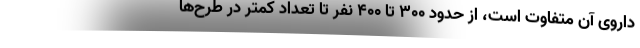
داروی آن متفاوت است، از حدود ۳۰۰ تا ۴۰۰ نفر تا تعداد کمتر در طرح‌ها